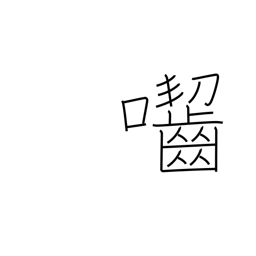
Meaning: gnaw